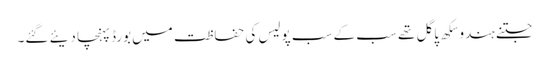
جتنے ہندو سِکھ پاگل تھے سب کے سب پولیس کی حفاظت میں بورڈ پہنچا دیئے گئے۔